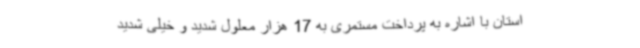
استان با اشاره به پرداخت مستمری به 17 هزار معلول شدید و خیلی شدید